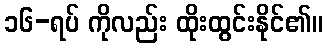
၁၆-ရပ် ကိုလည်း ထိုးထွင်းနိုင်၏။